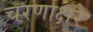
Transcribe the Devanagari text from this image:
चरणाक्षरे